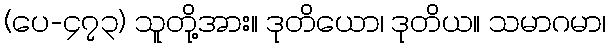
(ပေ-၄၇၃) သူတို့အား။ ဒုတိယော၊ ဒုတိယ။ သမာဂမာ၊